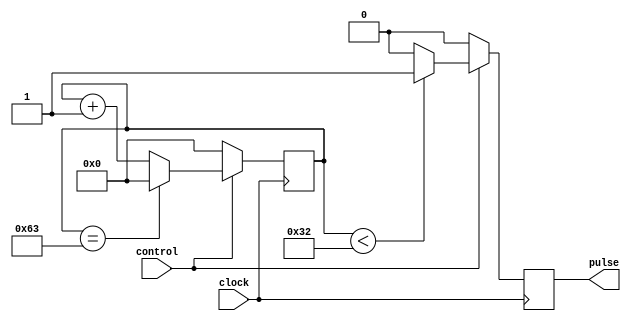
module duty_cycle_pulse_generator (
    input wire control,
    input wire clock,
    output reg pulse
);

reg [7:0] counter;

always @(posedge clock) begin
    if (control) begin
        counter <= counter + 1;
        if (counter < 50) begin // pulse width = 50
            pulse <= 1;
        end else begin
            pulse <= 0;
        end
        if (counter == 99) begin // total period = 100
            counter <= 0;
        end
    end else begin
        pulse <= 0;
        counter <= 0;
    end
end

endmodule